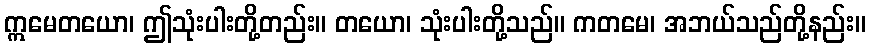
ဣမေတယော၊ ဤသုံးပါးတို့တည်း။ တယော၊ သုံးပါးတို့သည်။ ကတမေ၊ အဘယ်သည်တို့နည်း။